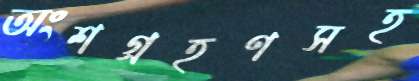
অংশগ্রহণসহ